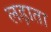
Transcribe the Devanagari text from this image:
लड़ाता